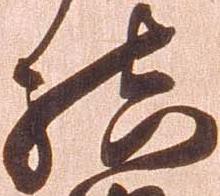
結